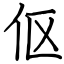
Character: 伛